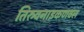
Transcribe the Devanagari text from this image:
तिरुवनाइकणवल